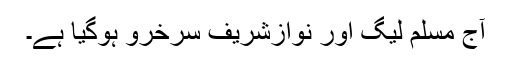
آج مسلم لیگ اور نوازشریف سرخرو ہوگیا ہے۔